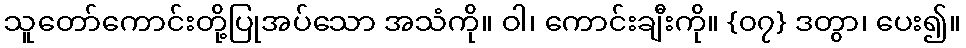
သူတော်ကောင်းတို့ပြုအပ်သော အသံကို။ ဝါ၊ ကောင်းချီးကို။ {၀၇} ဒတွာ၊ ပေး၍။